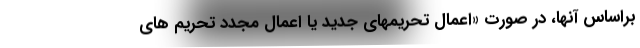
براساس آنها، در صورت «اعمال تحریمهای جدید یا اعمال مجدد تحریم های